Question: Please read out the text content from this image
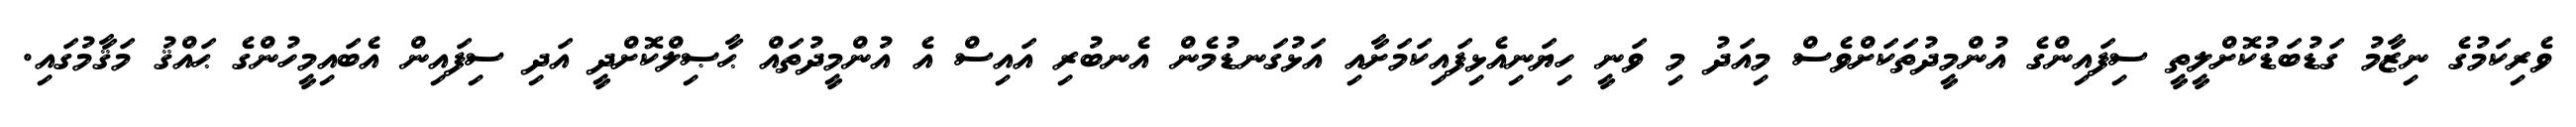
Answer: ވެރިކަމުގެ ނިޒާމު ގަޑުބަޑުކޮށްލީތީ ސިފައިންގެ އުންމީދުތަކަށްވެސް މިއަދު މި ވަނީ ހިޔަނިއެޅިފައިކަމަށާއި އަޅުގަނޑުމެން އެނބުރި އައިސް އެ އުންމީދުތައް ޙާޞިލްކޮށްދީ އަދި ސިފައިން އެބައިމީހުންގެ ޙައްޤު މަޤާމުގައި.